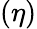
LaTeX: (\eta)